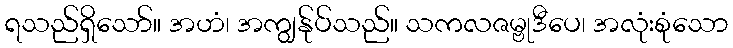
ရသည်ရှိသော်။ အဟံ၊ အကျွန်ုပ်သည်။ သကလဇမ္ဗုဒီပေ၊ အလုံးစုံသော